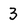
Character: 3